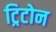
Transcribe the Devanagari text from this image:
ट्रिटोन